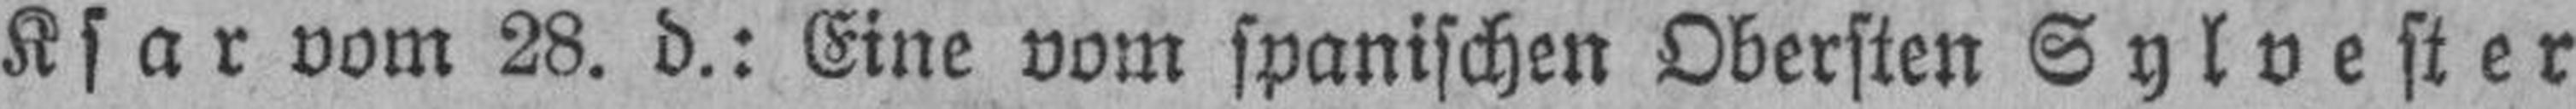
Ksar vom 28. d.: Eine vom spanischen Obersten Sylvester